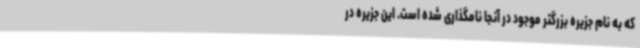
که به نام جزیره بزرگتر موجود در آنجا نامگذاری شده است. این جزیره در